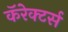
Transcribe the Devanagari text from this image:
कॅरेक्टर्स